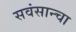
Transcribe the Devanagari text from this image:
सवंसान्चा